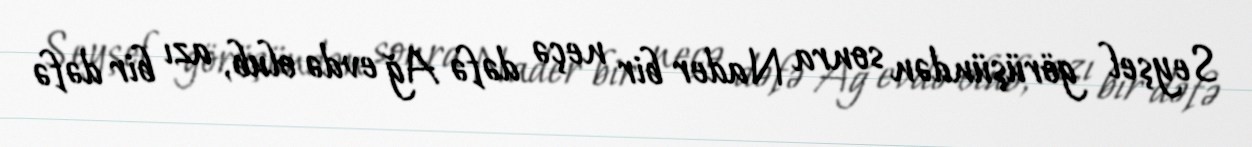
Seyşel görüşündən sonra Nader bir neçə dəfə Ağ evdə olub, azı bir dəfə